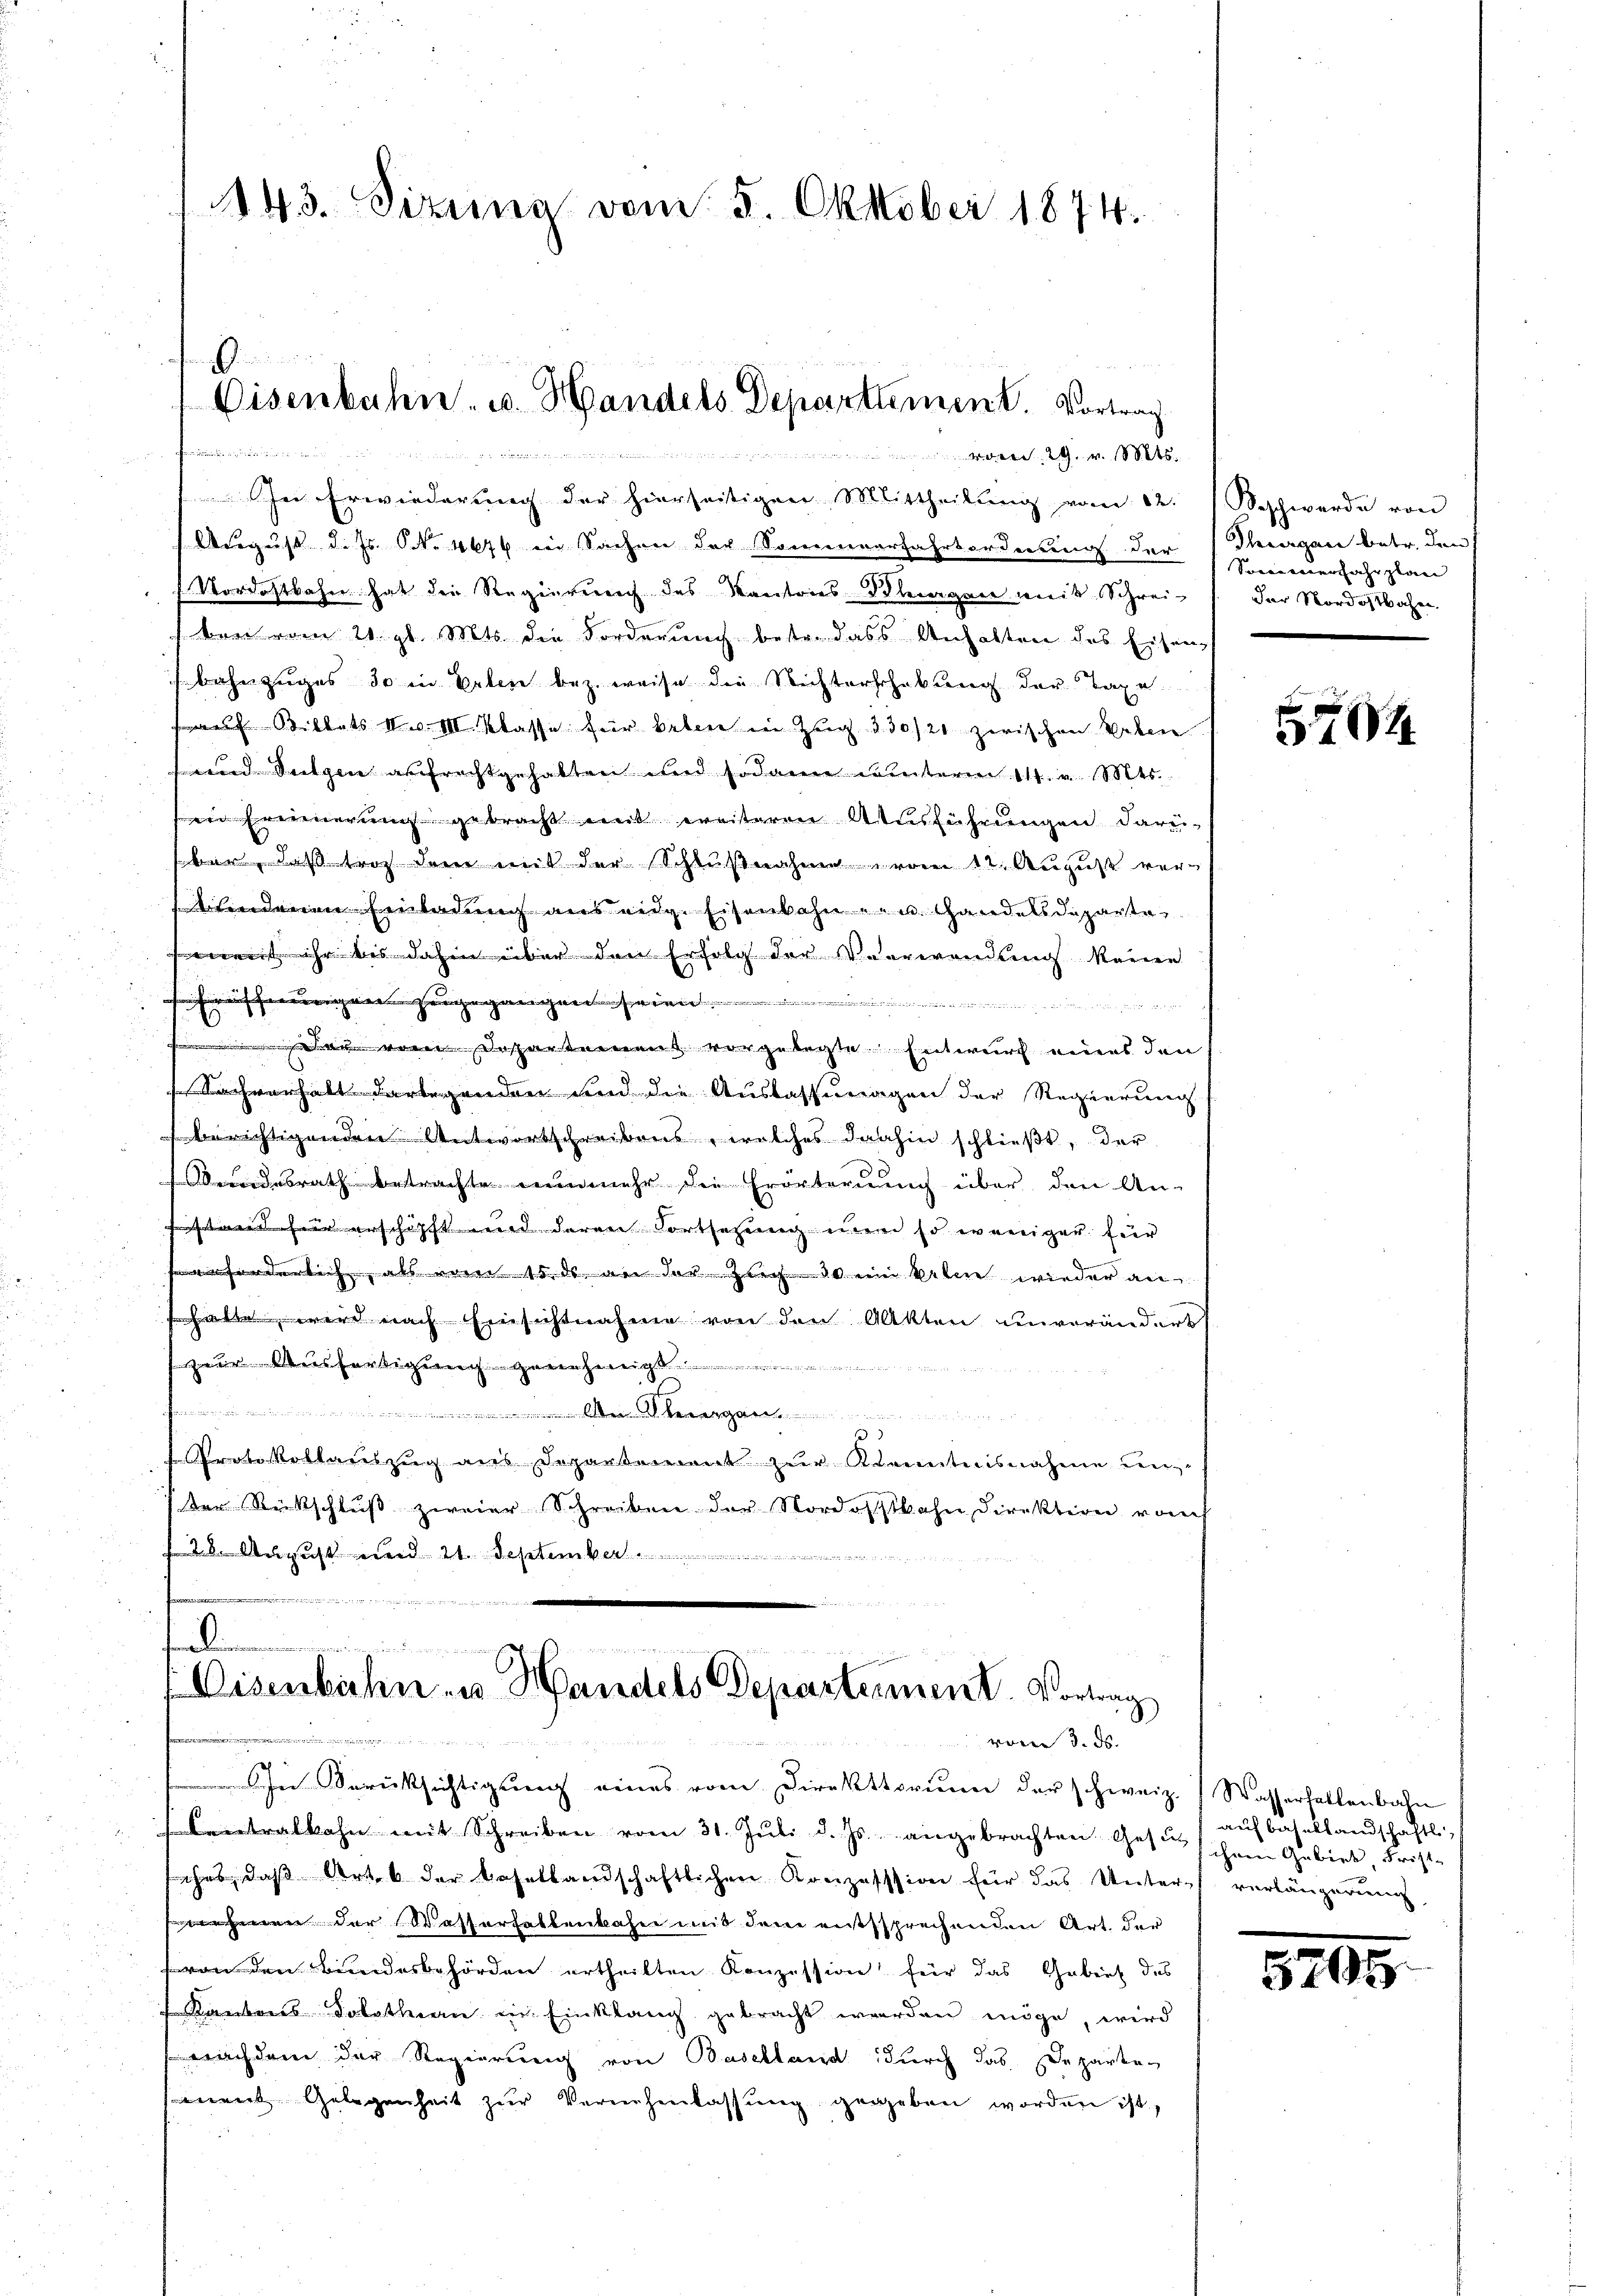
143. Sizung vom 5. Oktober 1874.

m

Eisenbahn- u. Handels Departement. Vortrag
reinige

w. 29. v. 1

In Erwiederung der hierseitigen Mittheilung vom 12. Beschwerde von
August d. Js. NNo. 464 in Sachen der Sommerfahrtordereren den Sonneuerfahrplan
Vordostbahre hat die Regierenach des Kantores Bleiorgane mit Schreiben vom 21. gl. Mts. die Forderung bestr. dass Anhalten des Eisenbahn zuges do in Erlen bez. weise die Nichterschabung der Taxe.
 Siblats 1. III. Klasse für Lebene in Zug § 30/20 zwischen Verben
sund Sutzen aufrechtgehabten und sodann winterm 11. v. Mts.
innerung gebracht mit unteren Ausführungen darü¬
Faßetrag dem mit der Schlußnahme vom 12. August verendenen Einladung aus eidg. Eisenbahn u. u. Handelsdeparte
it ihr bis dahin über den Erfolg der Verwendung kann
eneggegangen

1
 schwer eines den
Sachverhalt darbegenden und die Auslassuragen der Regierung
erichtigen den Antwortschreibens, welches dahin schließt, der
desrath betrachte nunmehr die Erörterung über, den An-
r erschöpft und deren Fortsetzung wenn so weniger fier
erforderlich, als vom 15. ds. an der Zug 10 um keine wieder an
wird nach Einsichtnahme von den Akten unveränderts
zur Ausfertigerung
Granien an den den
.
)
Protokollauszug aus Departement zur Kenntnisnahme den
ter Rückschlŭβ zweier Schreiben der Nordostbahn direktion rauch
 28. August und 21. September
u

tellen
Disenbahn- u. Handels Departement. Vortrag
woren 3. ds.

In Berücksichtigung eines vom Direktorium der schweiz. Wasserhaltenbahn
tralbahn mit Schreiben vom 31. Juli d. Js. angebrachten Gesuch ihren Gebiet, Frist-
ihes, daß Art. 6 der Basellandschaftlichen Konzesssion für das Unters verlängerung,
een der Wasserhaltenbahne mit dem entssprechenden Art. der
von den Bundesbehörden ertheilten Konzession für das Gebiet des
 Kantons Dorothan in Einklang gebracht werden möge, wird
achdem der Regierung von Baselland durch das Departe
ient Gelegenheit zŭr Vernehmlassŭng gegeben worden ist,

Thevergane betr. den
der Nordostbahn.

504

auf Basellandschaftli

8705